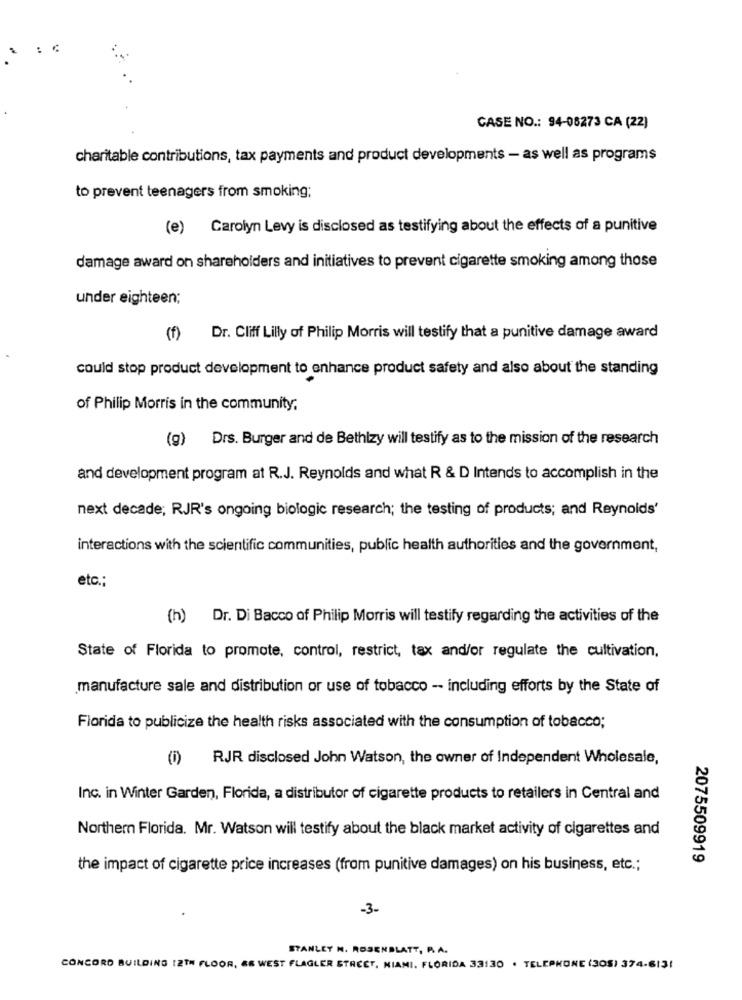
: ¢
CASE NO .: 94-06273 CA (22)
charitable contributions, tax payments and product developments - as well as programs
to prevent teenagers from smoking;
(e) Carolyn Levy is disclosed as testifying about the effects of a punitive
damage award on shareholders and initiatives to prevent cigarette smoking among those
under eighteen;
(f) Dr. Cliff Lilly of Philip Morris will testify that a punitive damage award
could stop product development to enhance product safety and also about the standing
of Philip Morris in the community.
(g) Drs. Burger and de Bethizy will testify as to the mission of the research
and development program at R.J. Reynolds and what R & D Intends to accomplish in the
next decade; RJR's ongoing biologic research; the testing of products; and Reynolds'
interactions with the scientific communities, public health authorities and the government,
etc .;
(h) Dr. Di Bacco of Philip Morris will testify regarding the activities of the
State of Florida to promote, control, restrict, tax and/or regulate the cultivation,
manufacture sale and distribution or use of tobacco -- including efforts by the State of
Florida to publicize the health risks associated with the consumption of tobacco;
(i) RJR disclosed John Watson, the owner of Independent Wholesale,
Inc. in Winter Garden, Florida, a distributor of cigarette products to retailers in Central and
Northern Florida. Mr. Watson will testify about the black market activity of cigarettes and
2075509919
the impact of cigarette price increases (from punitive damages) on his business, etc .;
-3-
STANLEY N. ROSENBLATT, A. A.
CONCORD BUILDING 12TH FLOOR, &S WEST FLAGLER STREET, MIAMI, FLORIDA 33130 . TELEPHONE (305) 374-6131